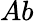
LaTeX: Ab